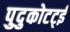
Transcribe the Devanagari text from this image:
पुदुकोटट्ई